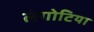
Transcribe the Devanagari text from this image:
लंगोटिया